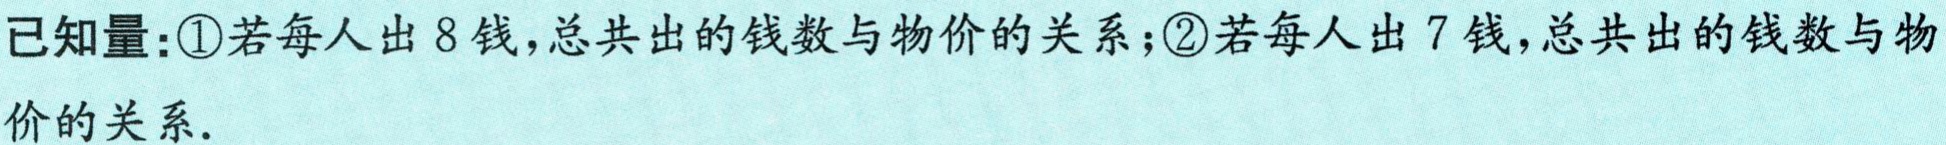
已知量：\textcircled{1}若每人出 8 钱，总共出的钱数与物价的关系；\textcircled{2}若每人出 7 钱，总共出的钱数与物

价的关系.